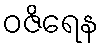
ဝဇိရေန